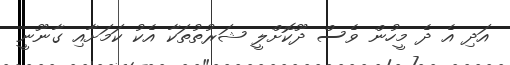
އަދި އެ ދެ މީހުން ވެސް ދޫކޮށްލީ ޝަރުތުތަކާ އެކު ކަމަށާއި ގާނޫނީ